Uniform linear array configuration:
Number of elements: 64
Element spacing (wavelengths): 0.75
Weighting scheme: blackman
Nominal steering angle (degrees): -45
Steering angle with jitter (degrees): -46.299
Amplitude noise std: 0.05
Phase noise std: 0.05

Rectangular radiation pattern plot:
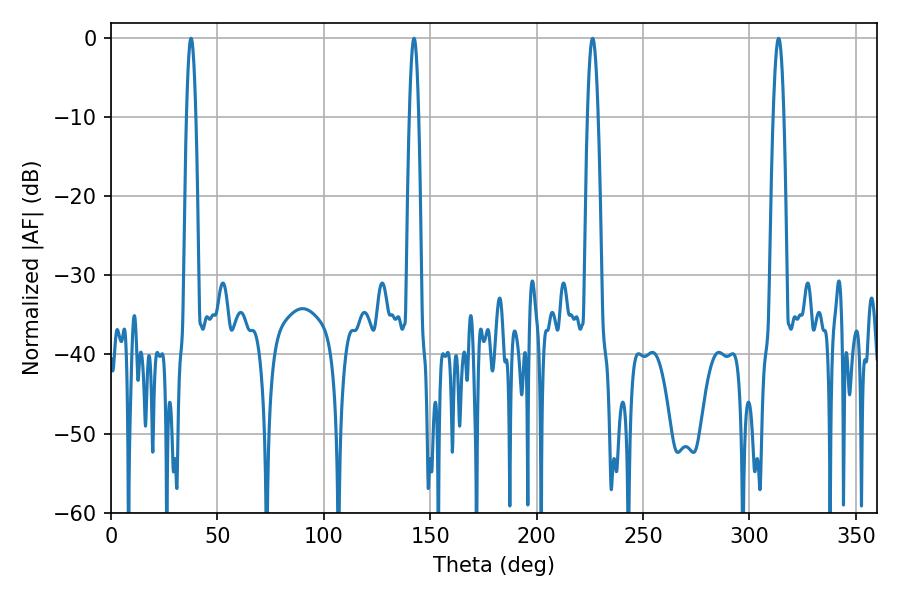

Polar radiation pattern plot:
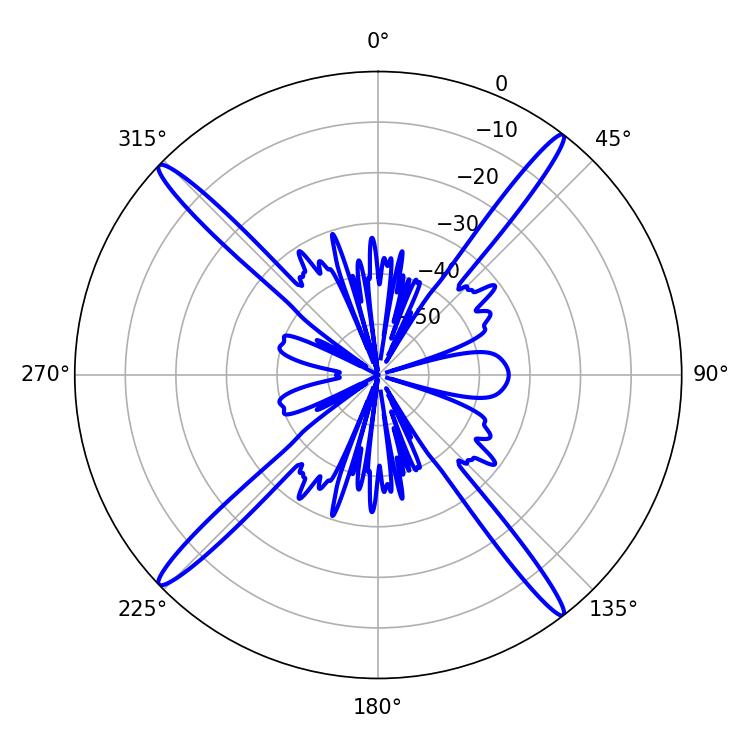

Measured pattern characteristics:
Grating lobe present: TRUE
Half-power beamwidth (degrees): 2.34
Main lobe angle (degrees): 37.62